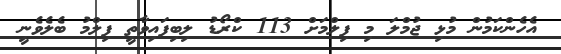
އެހެންކަމުން މުޅި ޖުމްލަ މި ފިލްމަށް 113 ކްރޯޑު ލިބިފައިވާތީ ފިލްމު ބެލެވެނީ